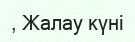
, Жалау күні